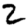
Digit: 2